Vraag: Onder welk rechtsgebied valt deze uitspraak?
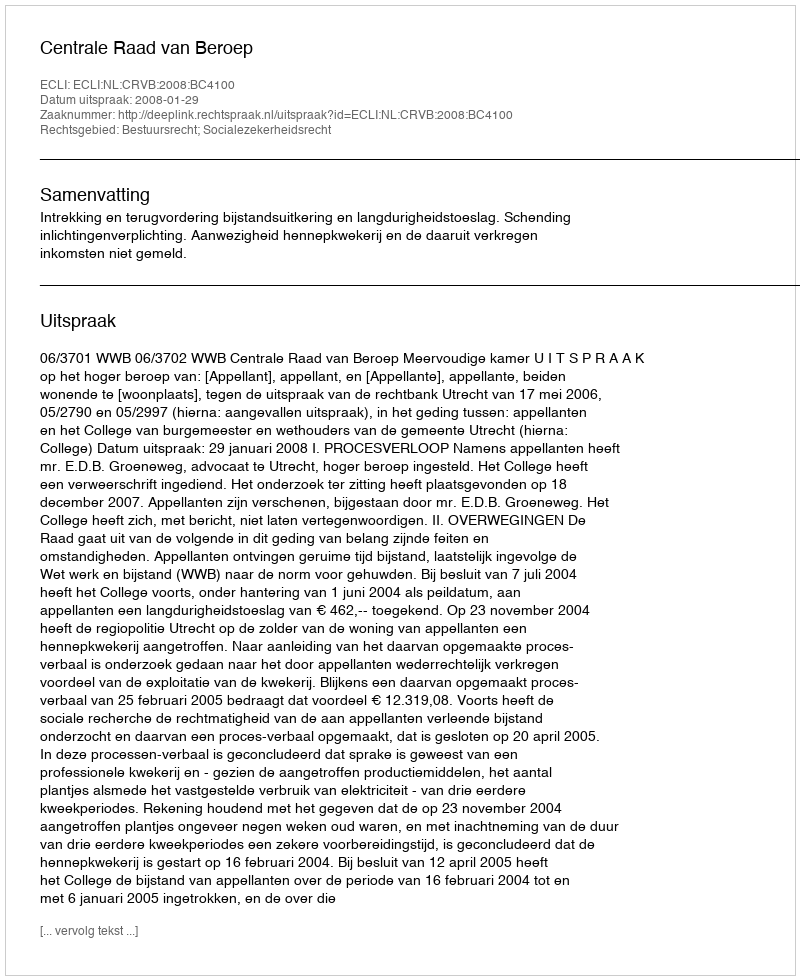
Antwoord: Bestuursrecht; Socialezekerheidsrecht